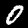
Label: 0